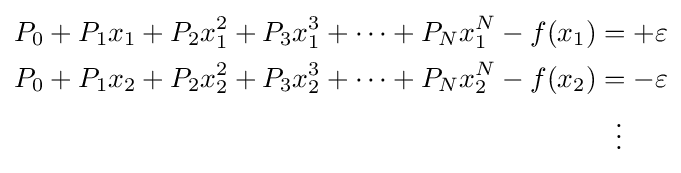
{\begin{aligned}P_{0}+P_{1}x_{1}+P_{2}x_{1}^{2}+P_{3}x_{1}^{3}+\dots +P_{N}x_{1}^{N}-f(x_{1})&=+\varepsilon \\P_{0}+P_{1}x_{2}+P_{2}x_{2}^{2}+P_{3}x_{2}^{3}+\dots +P_{N}x_{2}^{N}-f(x_{2})&=-\varepsilon \\&\ \ \vdots \end{aligned}}